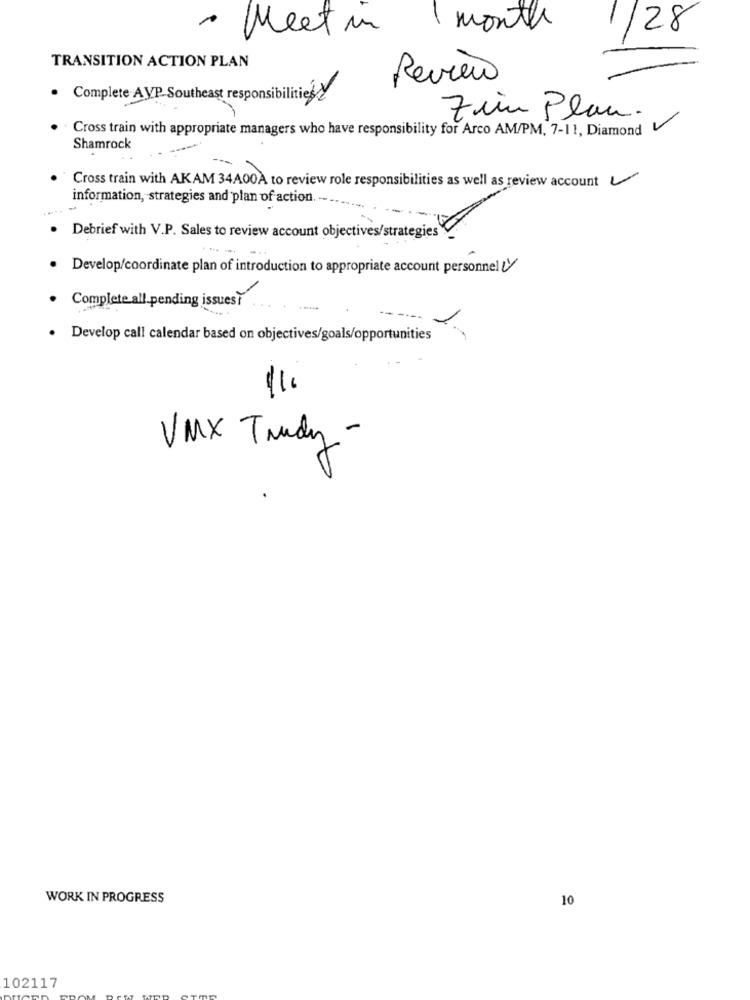
· Meet in
month
1/28
TRANSITION ACTION PLAN
Review
. Complete AVP Southeast responsibilities
Zin Plan.
Cross train with appropriate managers who have responsibility for Arco AM/PM, 7-11, Diamond V
Shamrock
Cross train with AKAM 34A00À to review role responsibilities as well as review account
information, strategies and plan of action. --..
Debrief with V.P. Sales to review account objectives/strategies
Develop/coordinate plan of introduction to appropriate account personnel !y/
Complete all pending issues.
Develop call calendar based on objectives/goals/opportunities
=
VMX Trudy -
WORK IN PROGRESS
10
102117